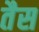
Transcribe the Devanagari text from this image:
तैस